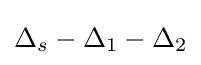
\Delta _{s}-\Delta _{1}-\Delta _{2}